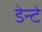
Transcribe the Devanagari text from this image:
डेन्टे